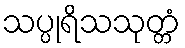
သပ္ပုရိသသုတ္တံ